Vaccination in Bombay 1924-1928 - 1924-1928
Year: 1924
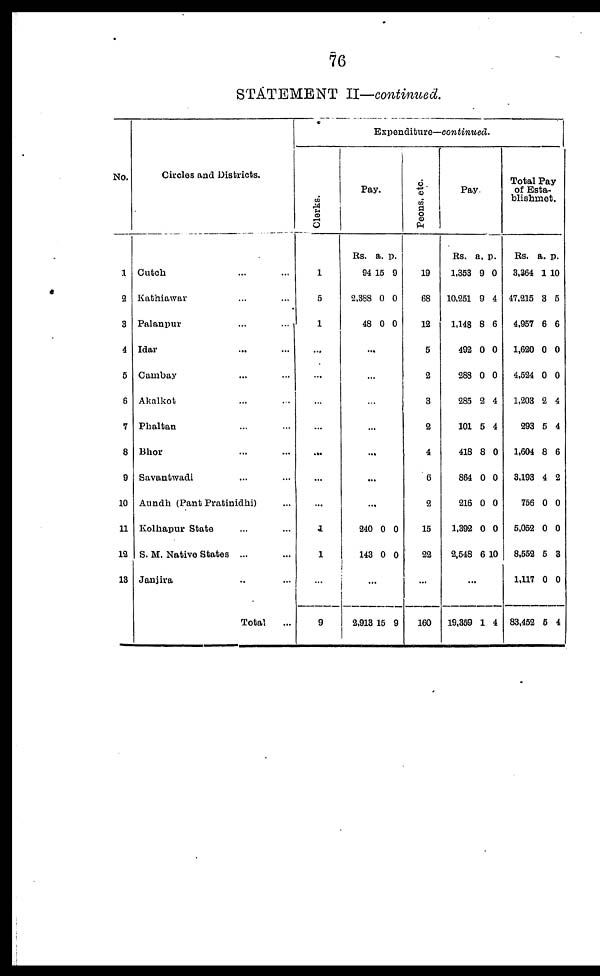
76
STATEMENT II—continued.
No.
1
2
3
4
5
6
7
8
9
10
11
12
13
Circles and Districts.
Cutch ... ...
Kathiawar ... ...
Palanpur ... ...
Idar ... ...
Cambay ... ...
Akalkot ... ...
Phaltan ... ...
Bhor ... ...
Savantwadi ... ...
Aundh (Pant Pratinidhi) ...
Kolhapur State ... ...
S. M. Native States ... ...
Janjira ... ...
Total ...
Expenditure—continued.
Clerks.
1
5
1
...
...
...
...
...
...
...
1
1
...
9
Pay.
Rs.
94
2,388
48
a.
15
0
0
p.
9
0
0
...
...
...
...
...
...
...
240
143
0
0
0
0
...
2,913 15 9
Peons, etc.
19
68
12
5
2
3
2
4
6
2
15
22
...
160
Pay.
Rs.
1,353
10,251
1,148
492
288
285
101
418
864
216
1,392
2,548
a.
9
9
8
0
0
2
5
8
0
0
0
6
p.
0
4
6
0
0
4
4
0
0
0
0
10
...
19,359 1 4
Total Pay
of Esta-
blishmet.
Rs.
3,364
47,215
4,957
1,620
4,524
1,203
293
1,604
3,193
756
5,052
8,552
1,117
83,452
a.
1
3
6
0
0
2
5
8
4
0
0
5
0
5
p.
10
5
6
0
0
4
4
6
2
0
0
3
0
4